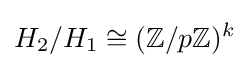
H_{2}/H_{1}\cong (\mathbb {Z} /p\mathbb {Z} )^{k}